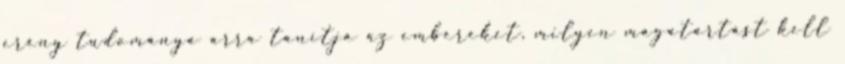
erény tudománya arra tanítja az embereket, milyen magatartást kell